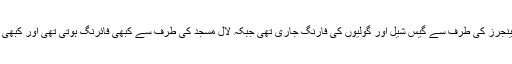
6 بجے تک رینجرز کی طرف سے گیس شیل اور گولیوں کی فارنگ جاری تھی جبکہ لال مسجد کی طرف سے کبھی فائرنگ ہوتی تھی اور کبھی بند رہتی تھی ۔